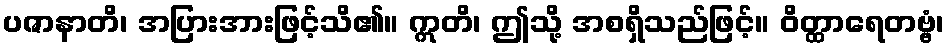
ပဇာနာတိ၊ အပြားအားဖြင့်သိ၏။ ဣတိ၊ ဤသို့ အစရှိသည်ဖြင့်။ ဝိတ္ထာရေတဗ္ဗံ၊